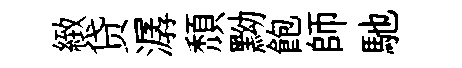
緻贷潺頹黝飽師馳